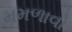
મમળાવો